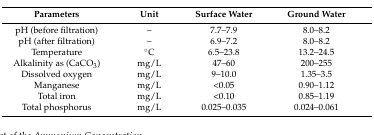
<table><thead><tr><td><b>Parameters</b></td><td><b>Unit</b></td><td><b>Surface Water</b></td><td><b>Ground Water</b></td></tr></thead><tbody><tr><td>pH (before filtration)</td><td>–</td><td>7.7–7.9</td><td>8.0–8.2</td></tr><tr><td>pH (after filtration)</td><td>–</td><td>6.9–7.2</td><td>8.0–8.2</td></tr><tr><td>Temperature</td><td>°C</td><td>6.5–23.8</td><td>13.2–24.5</td></tr><tr><td>Alkalinity as (CaCO<sub>3</sub>)</td><td>mg/L</td><td>47–60</td><td>200–255</td></tr><tr><td>Dissolved oxygen</td><td>mg/L</td><td>9–10.0</td><td>1.35–3.5</td></tr><tr><td>Manganese</td><td>mg/L</td><td>&lt;0.05</td><td>0.90–1.12</td></tr><tr><td>Total iron</td><td>mg/L</td><td>&lt;0.10</td><td>0.85–1.19</td></tr><tr><td>Total phosphorus</td><td>mg/L</td><td>0.025–0.035</td><td>0.024–0.061</td></tr></tbody></table>